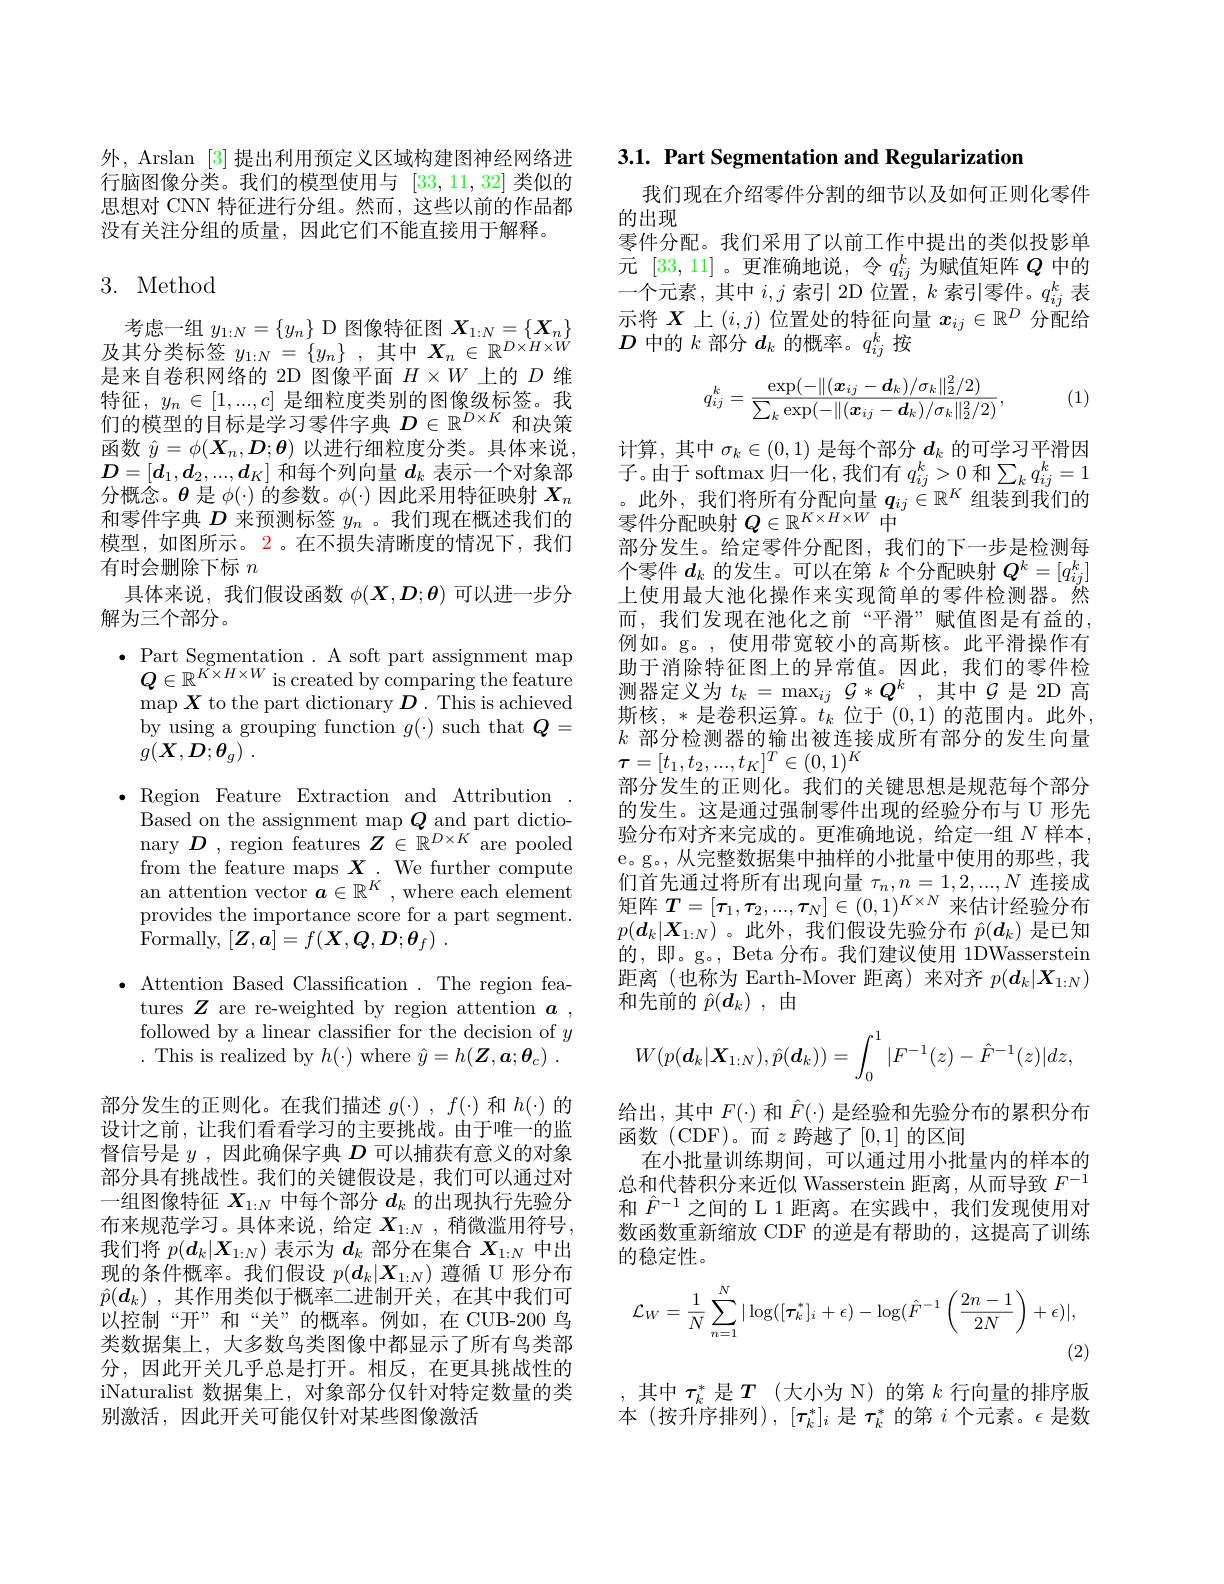
外，Arslan [3]提出利用预定义区域构建图神经网络进行脑图像分类。我们的模型使用与[33,11,32]类似的思想对 CNN 特征进行分组。然而，这些以前的作品都没有关注分组的质量，因此它们不能直接用于解释。

# 3. Method

考虑一组$y_1:N=\{y_n\}$ D 图像特征图$X_1:N=\{X_n\}$ 及其分类标签$y_1:N=\{y_n\}$ ,其中$X_n\in\mathbb{R}^D\times H\times W$ 是来自卷积网络的 2D 图像平面$H\times W$上的$D$维特征，$y_n\in[1,...,c]$是细粒度类别的图像级标签。我们的模型的目标是学习零件字典$D\in\mathbb{R}^D\times K$和决策函数$\hat{y}=\phi(\boldsymbol{X}_n,\boldsymbol{D};\boldsymbol{\theta})$以进行细粒度分类。具体来说， $D=[d_1,d_2,...,d_K]$和每个列向量$d_k$表示一个对象部$\dot{\text{分概念。}\theta}$是$\phi(\cdot)\dot{\text{ 的参数。}\phi}(\cdot)$因此采用特征映射$X_n$ 和零件字典$D$来预测标签$y_n$ 。我们现在概述我们的模型，如图所示。2。在不损失清晰度的情况下，我们有时会删除下标$n$
具体来说，我们假设函数$\phi(\boldsymbol{X},\boldsymbol{D};\boldsymbol{\theta})$可以进一步分
解为三个部分。
$\bullet{\mathrm{~Part~Segmentation~.~A~soft~part~assignment~map}}$
$Q\in\mathbb{R}^{K\times H\times W}$ is created by comparing the feature $\operatorname*{map}\boldsymbol{X}$ to the part dictionary $\boldsymbol D.$ This is achieved by using a grouping function $g(\cdot)$ such that $Q=$ $g( \boldsymbol{X}, \boldsymbol{D}; \boldsymbol{\theta }_{g})$ .
$\bullet$ Region Feature Extraction and Attribution
Based on the assignment map $Q_{\mathrm{~D~}}$ and part dictionary $D$, region features $Z\in\mathbb{R}^{D\times K}$ are pooled from the feature maps $\boldsymbol X.$ We further compute an attention vector $\vec{\boldsymbol{a}}\in\mathbb{R}^K$,where each element provides the importance score for a part segment. Formally, $[ Z, \boldsymbol{a}] = f( \boldsymbol{X}, \boldsymbol{Q}, \boldsymbol{D}; \boldsymbol{\theta }_{f})$ .
$\bullet$ Attention Based Classification . The region fea-
tures $Z$ are re-weighted by region attention $\boldsymbol{a}$, followed by a linear classifier for the decision of $y$ . This is realized by $h(\cdot)$ where $\hat{y} = h( \boldsymbol{Z}, \boldsymbol{a}; \boldsymbol{\theta }_c)$ .
部分发生的正则化。在我们描述$g(\cdot),f(\cdot)$和$h(\cdot)$的设计之前，让我们看看学习的主要挑战。由于唯一的监督信号是$y$ ,因此确保字典$D$可以捕获有意义的对象部分具有挑战性。我们的关键假设是，我们可以通过对一组图像特征$X_{1:N}$中每个部分$d_k$的出现执行先验分布来规范学习。具体来说，给定$X_1:N$,稍微滥用符号， 我们将$p(\boldsymbol{d}_k|\boldsymbol{X}_{1:N})$表示为$d_k$部分在集合$X_{1:N}$中出现的条件概率。我们假设$p(\boldsymbol{d}_k|\boldsymbol{X}_{1:N})$遵循 U 形分布$\hat{p} ( \boldsymbol{d}_k)$ ,其作用类似于概率二进制开关，在其中我们可以控制“开”和“关”的概率。例如，在 CUB-200 鸟类数据集上，大多数鸟类图像中都显示了所有鸟类部分，因此开关几乎总是打开。相反，在更具挑战性的iNaturalist 数据集上，对象部分仅针对特定数量的类别激活，因此开关可能仅针对某些图像激活

3.1. Part Segmentation and Regularization

我们现在介绍零件分割的细节以及如何正则化零件
的出现
零件分配。我们采用了以前工作中提出的类似投影单元[33,11] 。更准确地说，令$q_ij^k$为赋值矩阵$Q$中的一个元素 , 其中$i,j$索引 2D 位置$,k$索引零件。$q_ij^k$表示将$X$上$(i,j)$位置处的特征向量$x_ij\in\mathbb{R}^D$分配给$D$中的$k$部分$d_k$的概率。$q_ij^k$按
$$q_{ij}^k=\frac{\exp(-\|(\boldsymbol{x}_{ij}-\boldsymbol{d}_k)/\sigma_k\|_2^2/2)}{\sum_k\exp(-\|(\boldsymbol{x}_{ij}-\boldsymbol{d}_k)/\sigma_k\|_2^2/2)},$$
(1)

计算，其中$\sigma_k\in(0,1)$是每个部分$d_k$的可学习平滑因子。由于 softmax 归一化，我们有 $q_ij^k>0$ 和$\sum_kq_{ij}^k=1$ 。此外，我们将所有分配向量$q_ij\in\mathbb{R}^K$组装到我们的零件分配映射$Q\in\mathbb{R}^K\times H\times W$中
部分发生。给定零件分配图，我们的下一步是检测每个零件$d_k$的发生。可以在第$k$个分配映射$Q^k=[q_{ij}^k]$ 上使用最大池化操作来实现简单的零件检测器。然而，我们发现在池化之前“平滑”赋值图是有益的， 例如。g。,使用带宽较小的高斯核。此平滑操作有助于消除特征图上的异常值。因此，我们的零件检测器定义为 $t_k=\max_{ij}\mathcal{G}*Q^k$ ,其中$\mathcal{G}$ 是 2D 高斯核，*是卷积运算。$t_k$ 位于(0,1)的范围内。此外， $k$部分检测器的输出被连接成所有部分的发生向量$\boldsymbol{\tau}=[t_1,t_2,...,t_K]^T\in(0,1)^K$
部分发生的正则化。我们的关键思想是规范每个部分的发生。这是通过强制零件出现的经验分布与 U 形先验分布对齐来完成的。更准确地说，给定一组$N$样本， e。g。, 从完整数据集中抽样的小批量中使用的那些，我们首先通过将所有出现向量$\tau_n,n=1,2,...,N$连接成矩阵$T=[\boldsymbol{\tau}_1,\boldsymbol{\tau}_2,...,\boldsymbol{\tau}_N]\in(0,1)^{K\times N}$来估计经验分布$p(\boldsymbol{d}_k|\boldsymbol{X}_{1:N})$。此外，我们假设先验分布$\hat{p}(\boldsymbol{d}_k)$是已知的，即。g。, Beta 分布。我们建议使用 1DWasserstein 距离(也称为 Earth-Mover 距离)来对齐$p(d_k|X_{1:N})$ 和先前的$\hat{p}(\boldsymbol{d}_k)$,由
$$W(p(\boldsymbol{d}_k|\boldsymbol{X}_{1:N}),\hat{p}(\boldsymbol{d}_k))=\int_0^1|F^{-1}(z)-\hat{F}^{-1}(z)|dz,$$
给出，其中$F(\cdot)$和$\hat{F}(\cdot)$是经验和先验分布的累积分布

函数(CDF)。而$z$跨越了[0,1]的区间

在小批量训练期间，可以通过用小批量内的样本的

总和代替积分来近似 Wasserstein 距离，从而导致$F^{-1}$

和$\hat{F}^{-1}$之间的 L 1 距离。在实践中，我们发现使用对

数函数重新缩放 CDF 的逆是有帮助的，这提高了训练

的稳定性。
$$\mathcal{L}_{W}=\frac{1}{N}\sum_{n=1}^{N}|\log([\tau_{k}^{*}]_{i}+\epsilon)-\log(\hat{F}^{-1}\left(\frac{2n-1}{2N}\right)+\epsilon)|,$$
,其中$\tau_k^*$是$T$ (大小为 N)的第$k$行向量的排序版本(按升序排列),[$\tau _{k}^{* }] _{i}$ 是 $\tau _{k}^{* }$ 的 第 $i$ 个 元 素 。$\epsilon$ 是 数